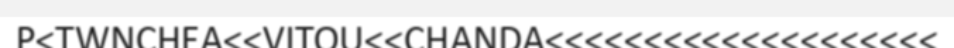
P<TWNCHEA<<VITOU<<CHANDA<<<<<<<<<<<<<<<<<<<<